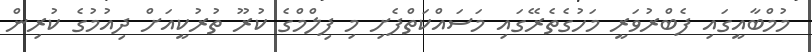
މުމްބާއީގައި ފެބްރުވަރީ މަހުގެތެރޭގައި މަސައްކަތްފެށި މި ފިލްމްގެ ކުރޫ ތުރުކީއަށް ދިއުމުގެ ކުރިން